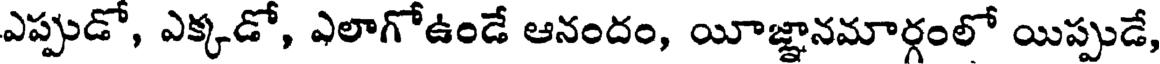
ఎప్పుడో, ఎక్కడో, ఎలాగోఉండే ఆనందం, యీజ్ఞానమార్గంలో యిప్పుడే,